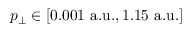
p _ { \perp } \in [ 0 . 0 0 1 \mathrm { ~ a . u . } , 1 . 1 5 \mathrm { ~ a . u . } ]